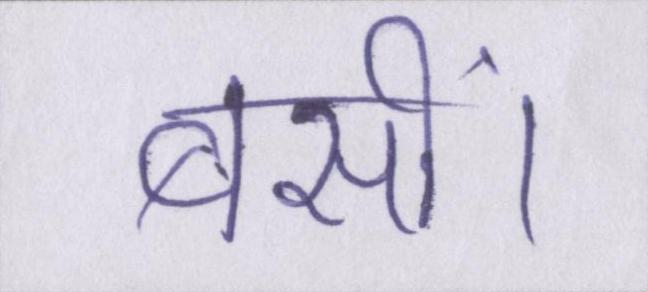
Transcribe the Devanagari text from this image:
बसीं।